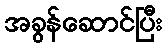
အခွန်ဆောင်ပြီး